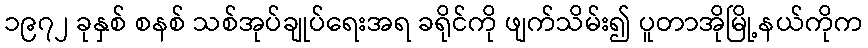
၁၉၇၂ ခုနှစ် စနစ် သစ်အုပ်ချုပ်ရေးအရ ခရိုင်ကို ဖျက်သိမ်း၍ ပူတာအိုမြို့နယ်ကိုက